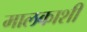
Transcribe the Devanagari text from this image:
मालकाशी